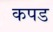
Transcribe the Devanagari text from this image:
कपड